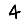
Digit: 4